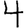
Digit: 4